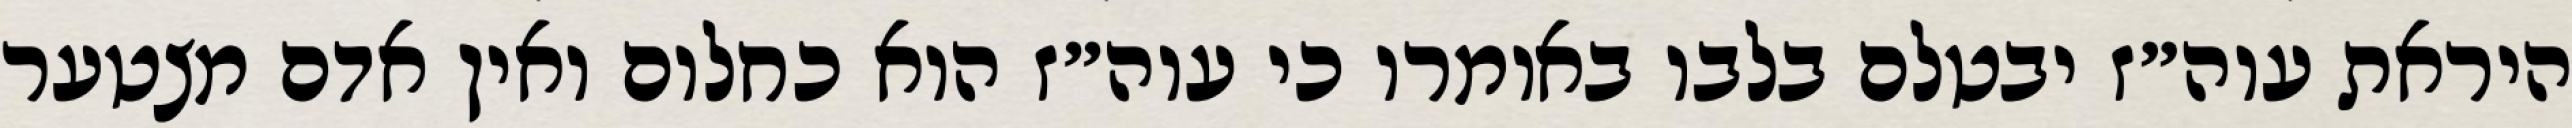
היראת עוה״ז יבטלם בלבו באומרו כי עוה״ז הוא כחלום ואין אדם מצטער